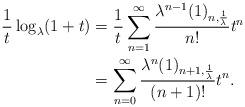
LaTeX: \begin{align*}\frac{1}{t}\log_{\lambda}(1+t)&=\frac{1}{t}\sum_{n=1}^{\infty}\frac{\lambda^{n-1}(1)_{n,\frac{1}{\lambda}}}{n!}t^{n} \\&=\sum_{n=0}^{\infty}\frac{\lambda^{n}(1)_{n+1,\frac{1}{\lambda}}}{(n+1)!}t^{n}. \end{align*}